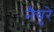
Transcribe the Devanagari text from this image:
नैचुरे